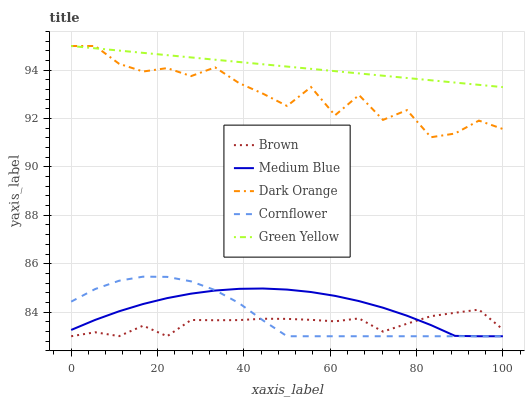
| xaxis_label | Brown | Medium Blue | Dark Orange | Cornflower | Green Yellow |
 | --- | --- | --- | --- | --- | --- |
 | 0 | 83 | 83.3 | 95 | 84.4 | 95 |
 | 5.56 | 83.2 | 83.7 | 95 | 85 | 94.9 |
 | 11.1 | 83 | 84 | 94.3 | 85.3 | 94.8 |
 | 16.7 | 83.4 | 84.3 | 93.9 | 85.5 | 94.7 |
 | 22.2 | 83 | 84.6 | 94.1 | 85.5 | 94.6 |
 | 27.8 | 83.7 | 84.8 | 93.8 | 85.3 | 94.5 |
 | 33.3 | 83.7 | 84.9 | 94.1 | 84.9 | 94.4 |
 | 38.9 | 83.7 | 85 | 93.5 | 84.4 | 94.3 |
 | 44.4 | 83.7 | 85 | 93 | 83.7 | 94.2 |
 | 50 | 83.7 | 84.9 | 92.5 | 83 | 94.1 |
 | 55.6 | 83.7 | 84.8 | 93.3 | 83 | 94.1 |
 | 61.1 | 83.6 | 84.7 | 92.1 | 83 | 94 |
 | 66.7 | 83.7 | 84.5 | 93 | 83 | 93.9 |
 | 72.2 | 83.2 | 84.2 | 91.9 | 83 | 93.8 |
 | 77.8 | 83.5 | 83.8 | 92.3 | 83 | 93.7 |
 | 83.3 | 83.8 | 83.5 | 91.2 | 83 | 93.6 |
 | 88.9 | 84 | 83 | 91.4 | 83 | 93.5 |
 | 94.4 | 84.1 | 83 | 91.9 | 83 | 93.4 |
 | 100 | 83.3 | 83 | 91.6 | 83 | 93.3 |